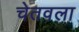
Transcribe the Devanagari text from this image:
चेतवला